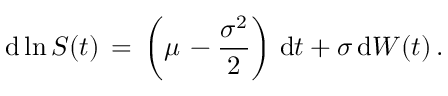
\mathrm { d } \ln S ( t ) \, = \, \left( \mu \, - \frac { \sigma ^ { 2 } } { 2 } \right) \, \mathrm { d } t + \sigma \, \mathrm { d } W ( t ) \, .